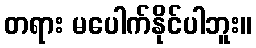
တရား မပေါက်နိုင်ပါဘူး။